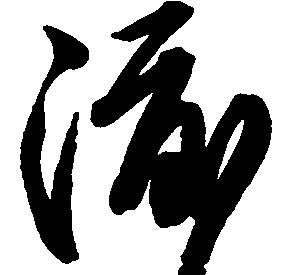
渡